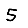
Digit: 5